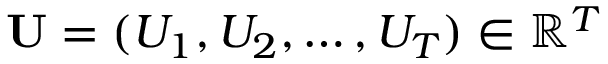
\mathbf { U } = ( U _ { 1 } , U _ { 2 } , \ldots , U _ { T } ) \in \mathbb { R } ^ { T }